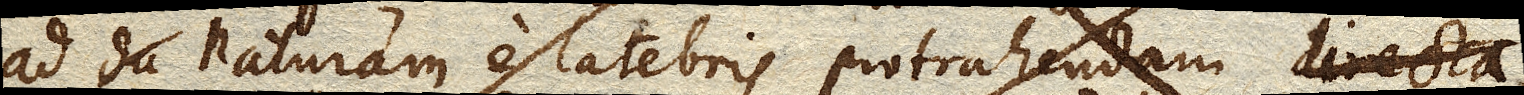
ad naturam e latebris protrahendam directa